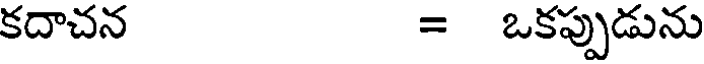
కదాచన = ఒకప్పుడును